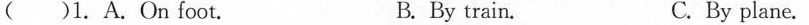
( )1.A.On foot. B. By train. C. By plane.